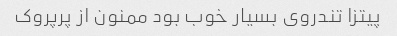
پیتزا تندروی بسیار خوب بود ممنون از پرپروک